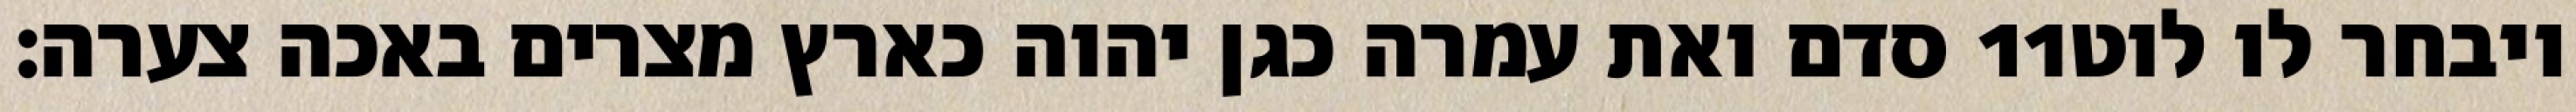
סדם ואת עמרה כגן יהוה כארץ מצרים באכה צערה׃ ‎11‏ ויבחר לו לוט